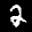
Label: 2